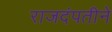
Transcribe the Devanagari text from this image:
राजदंपतीने